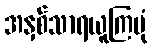
အနှစ်သာရယူကြပုံ